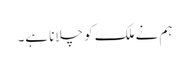
ہم نے ملک کو چلانا ہے۔